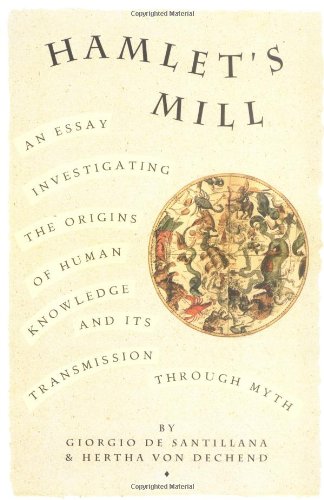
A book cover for Hamlet's Mill: An Essay Investigating  the Origins of Human Knowledge And Its Transmission Through Myth; Giorgio de Santillana; Literature & Fiction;